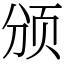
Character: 颁